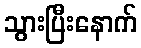
သွားပြီးနောက်